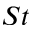
S t